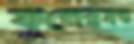
ফুলেরমত